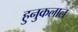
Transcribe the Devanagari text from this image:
हुनुकलाल